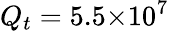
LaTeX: Q_{t}=5.5{\times}10^{7}